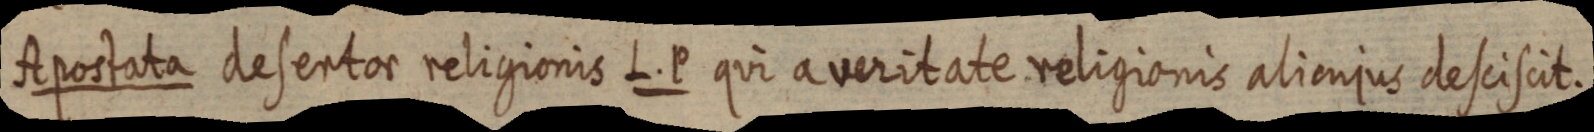
Apostata desentor religionis L. P qui a veritate religionis alicujus desciscit.